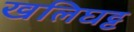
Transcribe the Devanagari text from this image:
खलिघट्ट